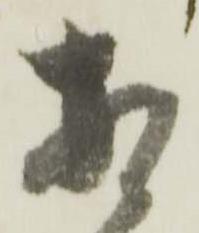
相